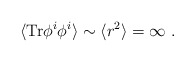
\begin{align*}\langle {\rm Tr} \phi^i \phi^i\rangle \sim \langle r^2\rangle =\infty\ .\end{align*}